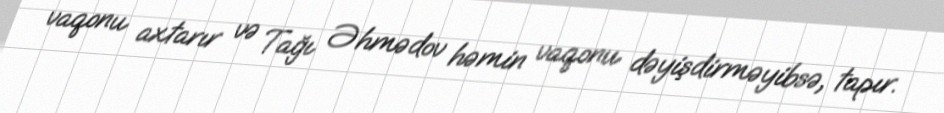
vaqonu axtarır və Tağı Əhmədov həmin vaqonu dəyişdirməyibsə, tapır.